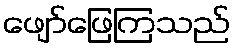
ဖျော်ဖြေကြသည်